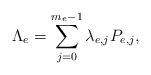
LaTeX: \begin{align*}\Lambda_e =\sum_{j=0}^{m_e-1} \lambda_{e,j}P_{e,j},\end{align*}